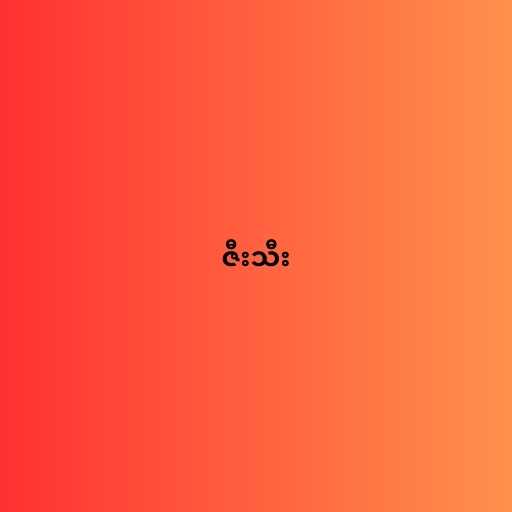
ဇီးသီး